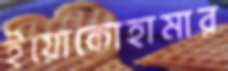
ইয়োকোহামার